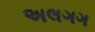
અલગગ